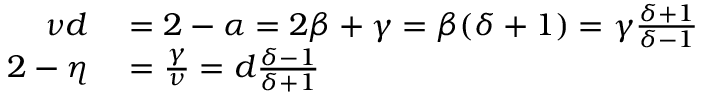
\begin{array} { r l } { \nu d } & { { } = 2 - \alpha = 2 \beta + \gamma = \beta ( \delta + 1 ) = \gamma { \frac { \delta + 1 } { \delta - 1 } } } \\ { 2 - \eta } & { { } = { \frac { \gamma } { \nu } } = d { \frac { \delta - 1 } { \delta + 1 } } } \end{array}